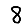
Digit: 8